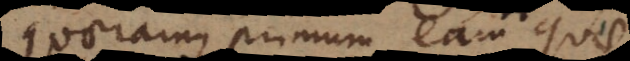
quaeramus primum eam quae